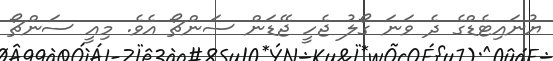
ޔުނައިޓެޑްގެ ދެ ވަނަ ގޯލު ޖެހީ ޖޭޑަން ސަންޗޯ އެވެ. މިއީ ސަންޗޯ